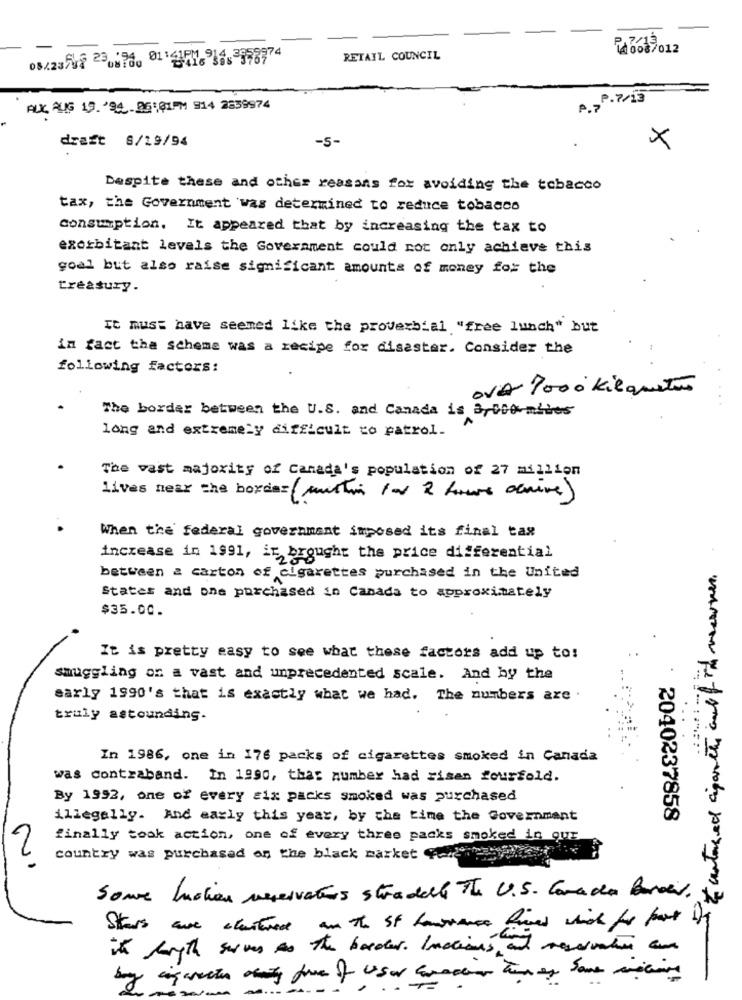
008/012
RETAIL COUNCIL
P.7/13
AUX AUG 19. 294.26:01PM 914 2839974
draft 6/19/94
-5-
×
Despite these and other reasons for avoiding the tobacco
tax, the Government was determined to reduce tobacco
Consumption. It appeared that by increasing the tax to
exorbitant levels the Government could not only achieve this
goal but also raise significant amounts of money for the
treasury.
It must have seemed like the proverbial "free lunch" but
in fact the scheme was a recipe for disaster. Consider the
following factors:
OVA 1000 Kilqueton
The border between the U.S. and Canada is 3,000-mières
long and extremely difficult to patrol.
The vast majority of Canada's population of 27 million
lives near the border (mustin for 2 hours scrive)
When the federal government imposed its final tax
increase in 1991, ir brought the price differential
between a carton of cigarettes purchased in the United
States and one purchased in Canada to approximately
$35.00.
It is pretty easy to see what these factors add up to:
smuggling on a vast and unprecedented scale. And by the
early 1990's that is exactly what we had. The numbers are .
truly astounding.
In 1986, one in 176 packs of cigarettes smoked in Canada
was contraband. In 1990, that number had risen fourfold.
By 1992, one of every six packs smoked was purchased
illegally. And early this year, by the time the Government
2040237858
finally took action, one of every three packs smoked in qur
country was purchased on the black market Peuples
Some husten reservations stradelle The U.S. Corada Barev.
Stars are clusterest an The St honorees formed which for fast
it's length server to the border. Inctions and reservation an
-